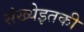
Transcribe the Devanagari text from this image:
संख्येइतकी